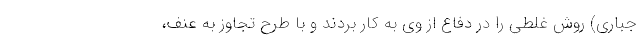
جباری) روش غلطی را در دفاع از وی به کار بردند و با طرح تجاوز به‌ عنف،